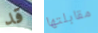
قد مقابلتها